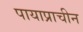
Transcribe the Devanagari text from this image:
पायाप्राचीन